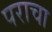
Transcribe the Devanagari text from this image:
पराचा